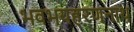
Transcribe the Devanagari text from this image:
भवभयहरणनाथ